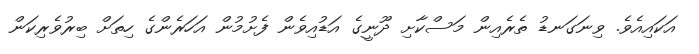
އަކައިއެވެ. ވިނަގަނޑު ތެރެއިން މަސްކާށި ދޫނީގެ އަޑުއިވެން ފެށުމުން އަހަރެންގެ ހިތަށް ބިރުވެރިކަން